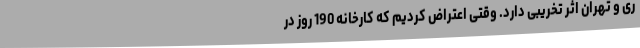
ری و تهران اثر تخریبی دارد. وقتی اعتراض کردیم که کارخانه 190 روز در